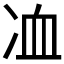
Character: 𠗅